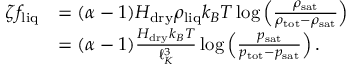
\begin{array} { r l } { \zeta f _ { \mathrm { l i q } } } & { = ( \alpha - 1 ) H _ { \mathrm { d r y } } \rho _ { \mathrm { l i q } } k _ { B } T \log \left( \frac { \rho _ { \mathrm { s a t } } } { \rho _ { \mathrm { t o t } } - \rho _ { \mathrm { s a t } } } \right) } \\ & { = ( \alpha - 1 ) \frac { H _ { \mathrm { d r y } } k _ { B } T } { \ell _ { K } ^ { 3 } } \log \left( \frac { p _ { \mathrm { s a t } } } { p _ { \mathrm { t o t } } - p _ { \mathrm { s a t } } } \right) . } \end{array}